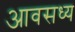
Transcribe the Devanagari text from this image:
आवसध्य